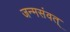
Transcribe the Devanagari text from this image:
जन्मसंवत्